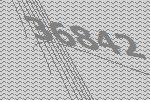
36842